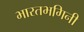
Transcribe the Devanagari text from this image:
भारतभगिनी